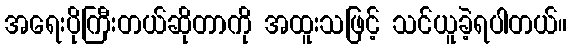
အရေးပိုကြီးတယ်ဆိုတာကို အထူးသဖြင့် သင်ယူခဲ့ရပါတယ်။